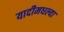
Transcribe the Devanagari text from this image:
यादीमधल्या